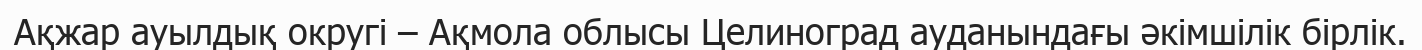
Ақжар ауылдық округі – Ақмола облысы Целиноград ауданындағы әкімшілік бірлік.